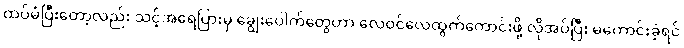
ထပ်မံပြီးတော့လည်း သင့်အရေပြားမှ ချွေးပေါက်တွေဟာ လေဝင်လေထွက်ကောင်းဖို့ လိုအပ်ပြီး မကောင်းခဲ့ရင်